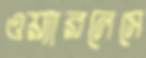
ওয়্যারলেসে